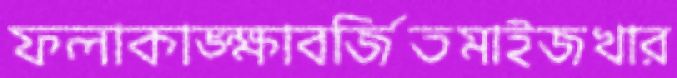
ফলাকাঙ্ক্ষাবর্জিতমাইজখার